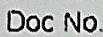
DOC NO.